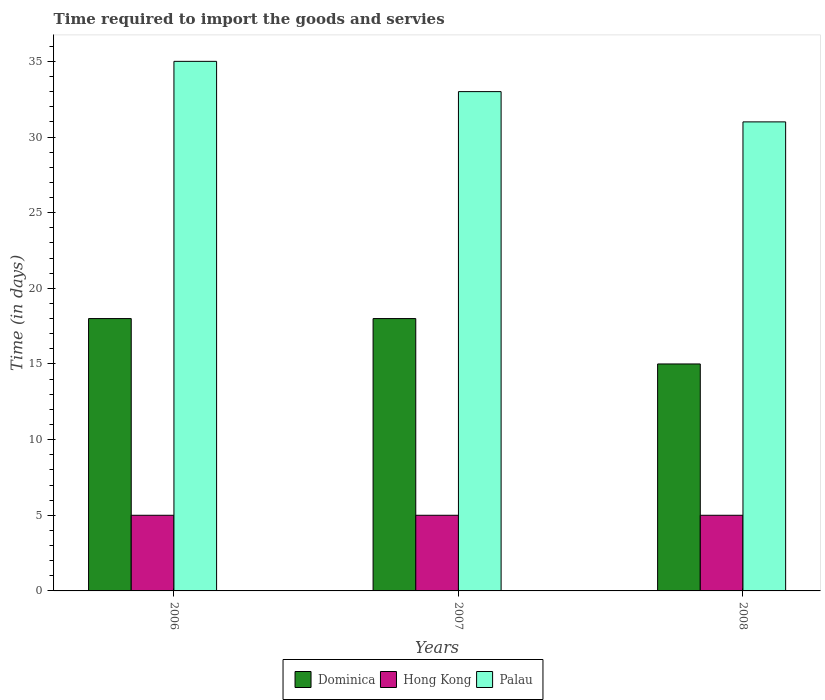
| Years | Dominica | Hong Kong | Palau |
 | --- | --- | --- | --- |
 | 2006 | 18 | 5 | 35 |
 | 2007 | 18 | 5 | 33 |
 | 2008 | 15 | 5 | 31 |